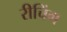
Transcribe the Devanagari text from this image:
रीचिंग